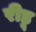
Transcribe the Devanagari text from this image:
रीडू